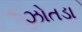
ઝોતડા